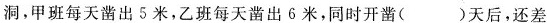
4.某工程兵修铁路开凿山洞的长是300米，两个班从两端开始凿山